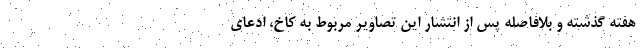
هفته گذشته و بلافاصله پس از انتشار این تصاویر مربوط به کاخ، ادعای